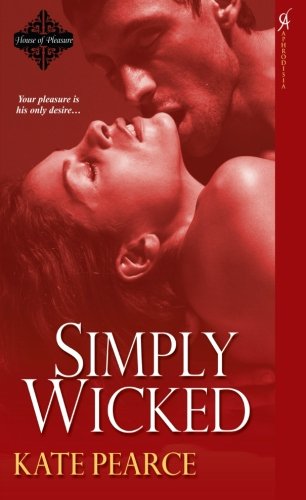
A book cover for Simply Wicked; Pearce Kate; Romance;